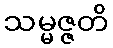
သမ္မဇ္ဇတိ